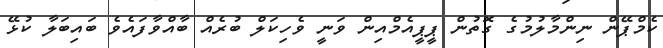
ކެމްޕޭން ނިންމާލުމުގެ ގޮތުން ޕީޕީއެމްއިން ވަނީ ވެހިކަލް ބުރެއް ބާއްވާފައެވެ ބައިބަލާ ކުޅޭ